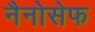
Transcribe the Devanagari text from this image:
नैनोसेफ